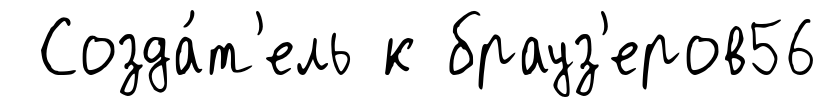
Созда́т'ель к брауз'еров56